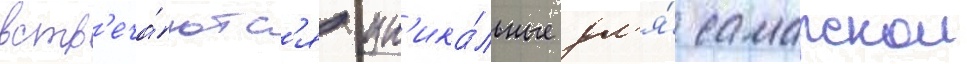
встр'еча́ютс'я ун'ика́льные дл'я́ самарскои